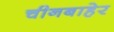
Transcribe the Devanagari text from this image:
चीनबाहेर